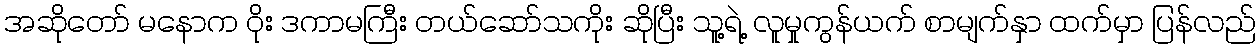
အဆိုတော် မနောက ဝိုး ဒကာမကြီး တယ်ဆော်သကိုး ဆိုပြီး သူ့ရဲ့ လူမှုကွန်ယက် စာမျက်နှာ ထက်မှာ ပြန်လည်